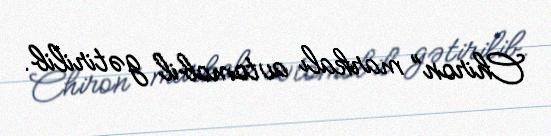
Chiron” markalı avtomobil gətirilib.